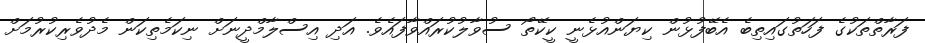
ފަރާތްތަކުގެ ފަހަތުގައިތިބެ އެބޭފުޅުން ކިޔަންއުޅެނީ ކީކޭތޯ ސުވާލުކުރައްވާފައެވެ. އަދި އިސްލާމްދީނަށް ނިކަމެތިކަން މެދުވެރިކުރުމަށް